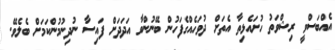
އެއްބަސްވީ ރިޝްވަތު ހުށައެޅިތާ އެތަށް ދުވަހެއްގެފަހުން ބޭނުންވާ އަދަދަށް ފައިސާ ނުދިނުމުންކަމަށް ބެލެވޭ.